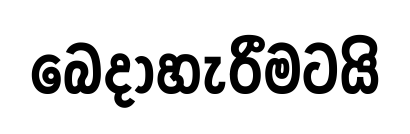
බෙදාහැරීමටයි